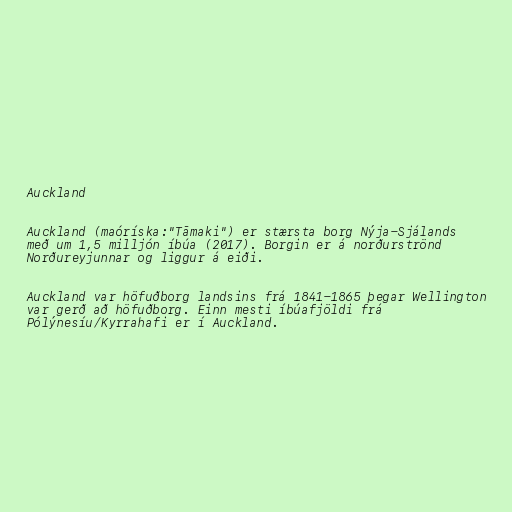
Auckland

Auckland (maóríska:"Tāmaki") er stærsta borg Nýja-Sjálands
með um 1,5 milljón íbúa (2017). Borgin er á norðurströnd
Norðureyjunnar og liggur á eiði.

Auckland var höfuðborg landsins frá 1841-1865 þegar Wellington
var gerð að höfuðborg. Einn mesti íbúafjöldi frá
Pólýnesíu/Kyrrahafi er í Auckland.